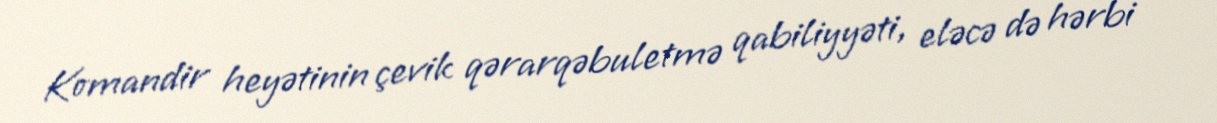
Komandir heyətinin çevik qərarqəbuletmə qabiliyyəti, eləcə də hərbi